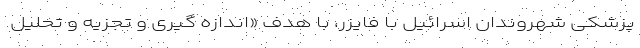
پزشکی شهروندان اسرائیل با فایزر، با هدف «اندازه گیری و تجزیه و تحلیل